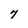
Character: 7